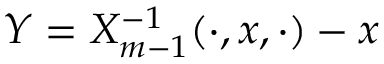
Y = X _ { m - 1 } ^ { - 1 } ( \cdot , x , \cdot ) - x